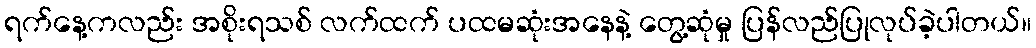
ရက်နေ့ကလည်း အစိုးရသစ် လက်ထက် ပထမဆုံးအနေနဲ့ တွေ့ဆုံမှု ပြန်လည်ပြုလုပ်ခဲ့ပါတယ်။